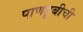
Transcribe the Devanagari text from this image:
पाणडूबीची